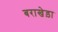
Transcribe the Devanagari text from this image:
बराखेड़ा